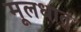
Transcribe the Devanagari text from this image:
मूलधातु